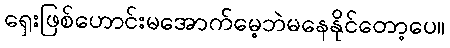
ရှေးဖြစ်ဟောင်းမအောက်မေ့ဘဲမနေနိုင်တော့ပေ။